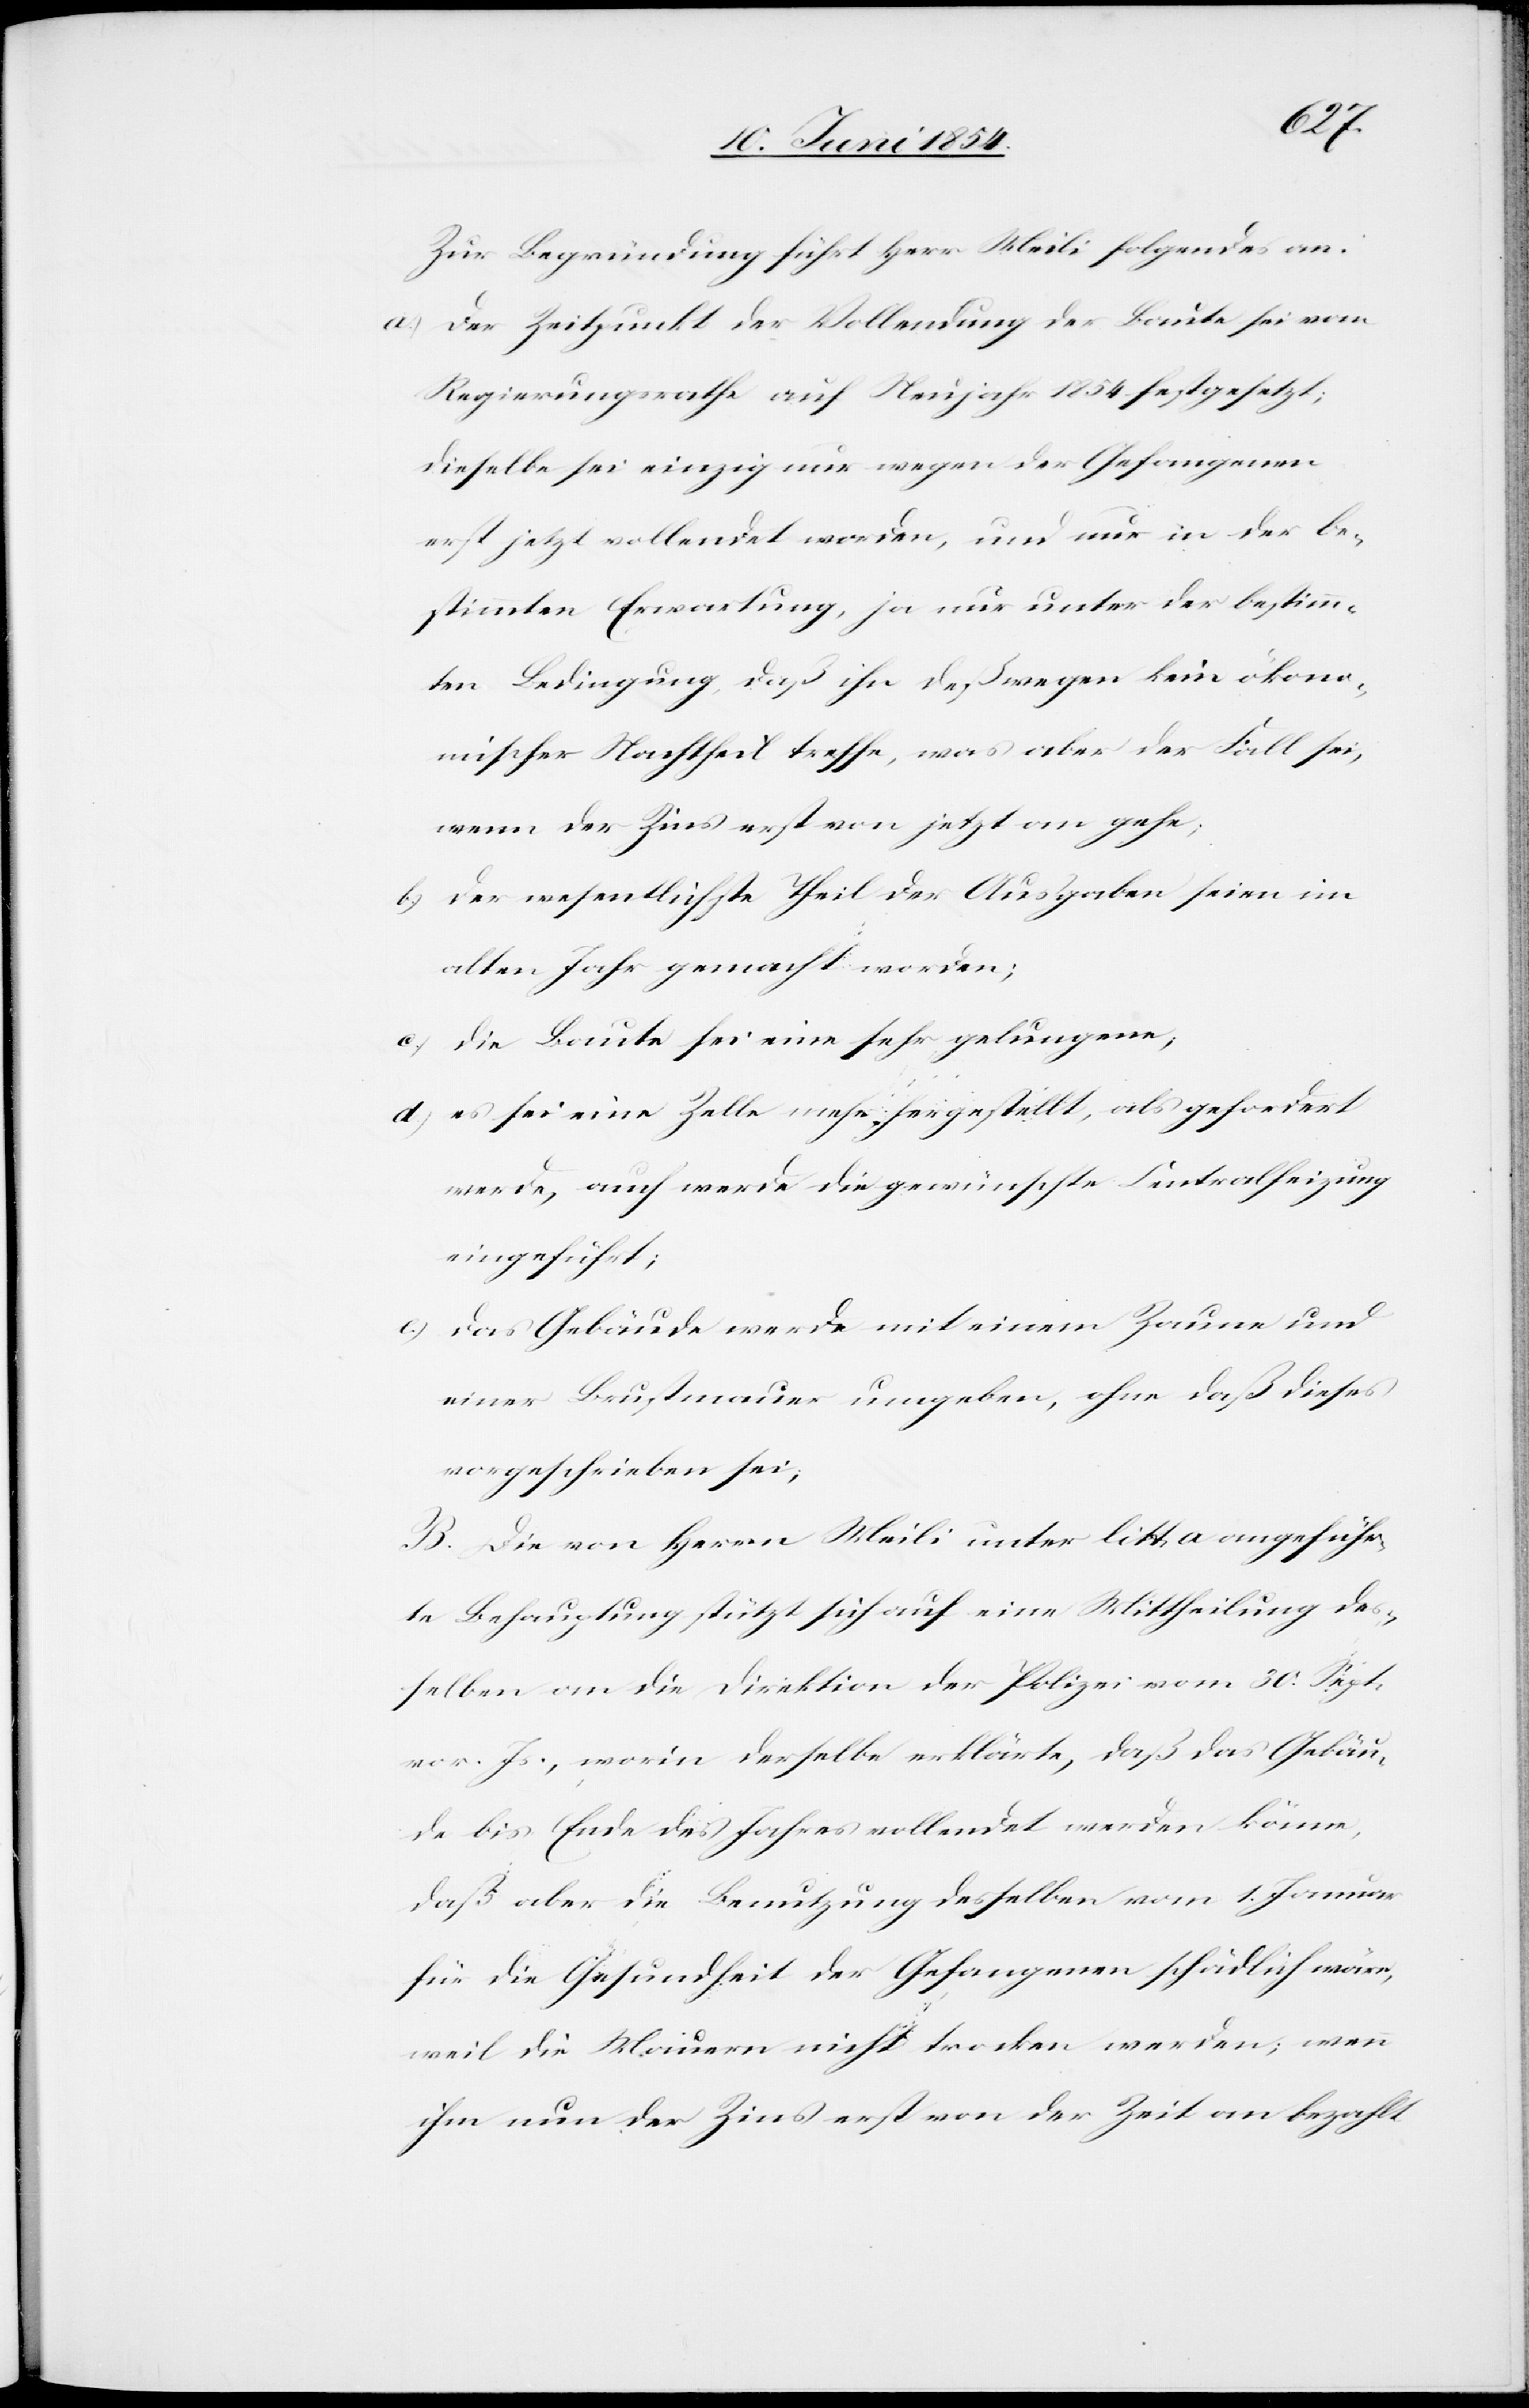
Zur Begründung führt Herr Meili Folgendes an:
a.) Der Zeitpunkt der Vollendung der Baute sei vom
Regierungsrathe auf Neujahr 1854 festgesetzt;
dieselbe sei einzig nur wegen der Gefangenen
erst jetzt vollendet worden, und nur in der be¬
stimmten Erwartung, ja nur unter der bestimm¬
ten Bedingung, daß ihn deßwegen kein ökono¬
mischer Nachtheil treffe, was aber der Fall sei,
wenn der Zins erst von jetzt an gehe;
b.) der wesentlichste Theil der Ausgaben seien im
alten Jahr gemacht worden;
c.) die Baute sei eine sehr gelungene;
d.) es sei eine Zelle mehr hergestellt, als gefordert
werde, auch werde die gewünschte Centralheizung
eingeführt;
e.) das Gebäude werde mit einem Zaune und
einer Brustmauer umgeben, ohne daß dieses
vorgeschrieben sei;
B. Die von Herrn Meili unter litt. a angeführ¬
te Behauptung stützt sich auf eine Mittheilung des¬
selben an die Direktion der Polizei vom 30. Sept.
vor. Js., worin derselbe erklärte, daß das Gebäu¬
de bis Ende des Jahres vollendet werden könne,
daß aber die Benutzung desselben vom 1. Januar
für die Gesundheit der Gefangenen schädlich wäre,
weil die Mauern nicht trocken werden; wenn
ihm nun der Zins erst von der Zeit an bezahlt